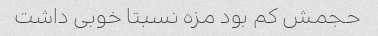
حجمش کم بود مزه نسبتا خوبی داشت